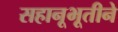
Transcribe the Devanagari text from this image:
सहानूभूतीने